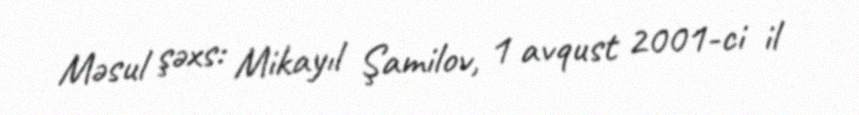
Məsul şəxs: Mikayıl Şamilov, 1 avqust 2001-ci il